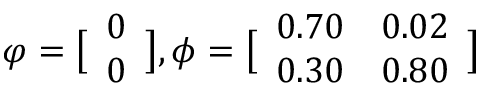
\displaystyle \boldsymbol { \varphi } = \bigl [ \begin{array} { l } { 0 } \\ { 0 } \end{array} \bigr ] , \boldsymbol { \phi } = \bigl [ \begin{array} { l l } { 0 . 7 0 } & { 0 . 0 2 } \\ { 0 . 3 0 } & { 0 . 8 0 } \end{array} \bigr ]